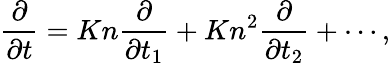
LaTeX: \frac{\partial}{{\partial t}}=Kn\frac{\partial}{{\partial{t_{1}}}}+K{n^{2}}\frac{\partial}{{\partial{t_{2}}}}+\cdots,